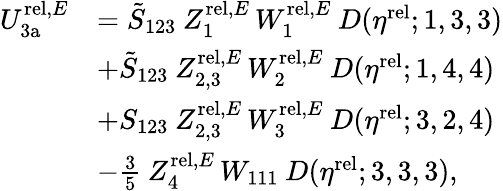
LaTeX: \begin{array}{rl}{U_{\mathrm{3a}}^{\mathrm{rel},E}}&{=\tilde{S}_{123}\: Z_{1}^{\mathrm{rel},E}\, W_{1}^{\mathrm{rel},E}\: D(\eta^{\mathrm{rel}};1,3,3)}\\ &{+\tilde{S}_{123}\: Z_{2,3}^{\mathrm{rel},E}\, W_{2}^{\mathrm{rel},E}\: D(\eta^{\mathrm{rel}};1,4,4)}\\ &{+S_{123}\: Z_{2,3}^{\mathrm{rel},E}\, W_{3}^{\mathrm{rel},E}\: D(\eta^{\mathrm{rel}};3,2,4)}\\ &{-\frac 35\: Z_{4}^{\mathrm{rel},E}\, W_{111}\: D(\eta^{\mathrm{rel}};3,3,3),}\end{array}